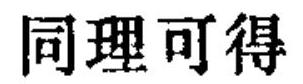
同理可得